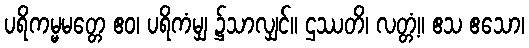
ပရိကမ္မမတ္တေ ဧဝ၊ ပရိကံမျှ ၌သာလျှင်။ ဌဿတိ၊ လတ္တံ့။ ဧသ ဧသော၊